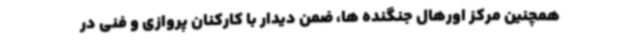
همچنین مرکز اورهال جنگنده ها، ضمن دیدار با کارکنان پروازی و فنی در